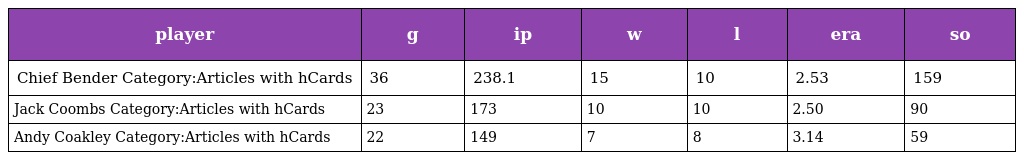
| player | g | ip | w | l | era | so |
 | --- | --- | --- | --- | --- | --- | --- |
 | Chief Bender Category:Articles with hCards | 36 | 238.1 | 15 | 10 | 2.53 | 159 |
 | Jack Coombs Category:Articles with hCards | 23 | 173 | 10 | 10 | 2.50 | 90 |
 | Andy Coakley Category:Articles with hCards | 22 | 149 | 7 | 8 | 3.14 | 59 |